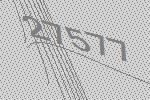
27577